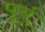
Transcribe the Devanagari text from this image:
पूर्च